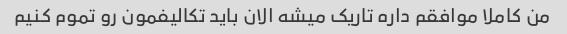
من کاملا موافقم داره تاریک میشه الان باید تکالیفمون رو تموم کنیم